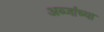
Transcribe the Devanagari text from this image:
अब्जांच्या